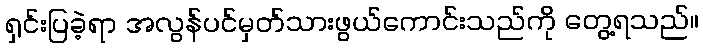
ရှင်းပြခဲ့ရာ အလွန်ပင်မှတ်သားဖွယ်ကောင်းသည်ကို တွေ့ရသည်။